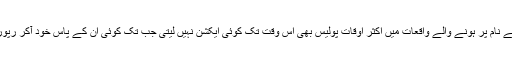
انہوں نے کہا کہ یہ تمام واقعات میڈیا پر رپورٹ ہوچکے ہیں لیکن غیرت کے نام پر ہونے والے واقعات میں اکثر اوقات پولیس بھی اُس وقت تک کوئی ایکشن نہیں لیتی جب تک کوئی ان کے پاس خود آکر رپورٹ نہ کرے کیونکہ وہ سمجھتی ہے کہ غیرت خاندان کا اندرونی مسئلہ ہے۔